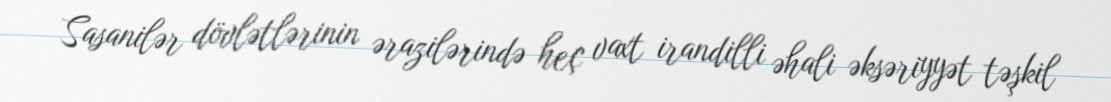
Sasanilər dövlətlərinin ərazilərində heç vaxt irandilli əhali əksəriyyət təşkil